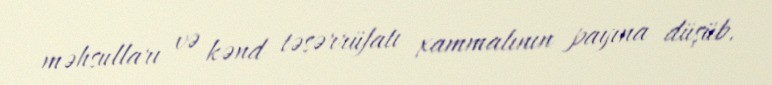
məhsulları və kənd təsərrüfatı xammalının payına düşüb.